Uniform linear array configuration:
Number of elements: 16
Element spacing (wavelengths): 1
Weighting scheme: hamming
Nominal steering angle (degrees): -45
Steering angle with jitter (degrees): -43.75
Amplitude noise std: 0.05
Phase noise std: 0.05

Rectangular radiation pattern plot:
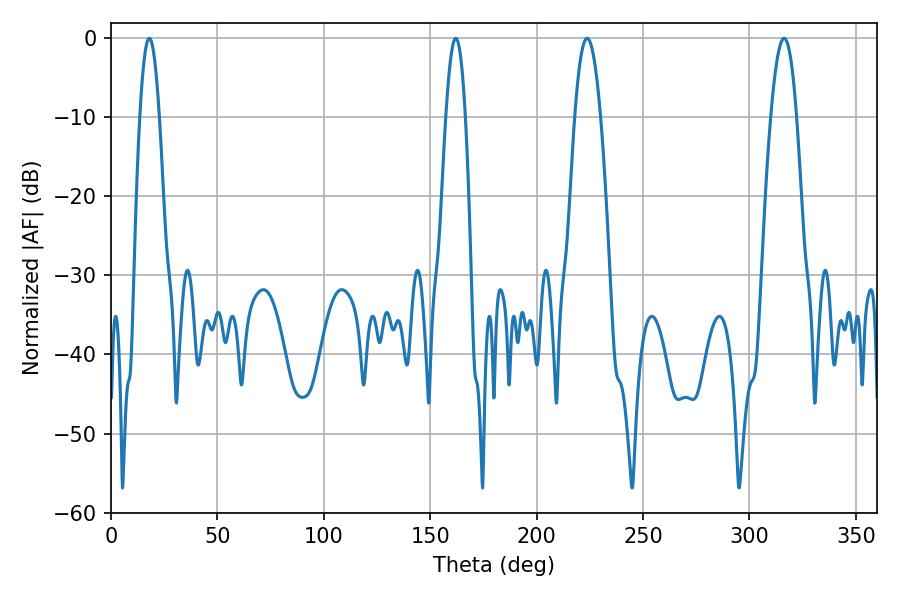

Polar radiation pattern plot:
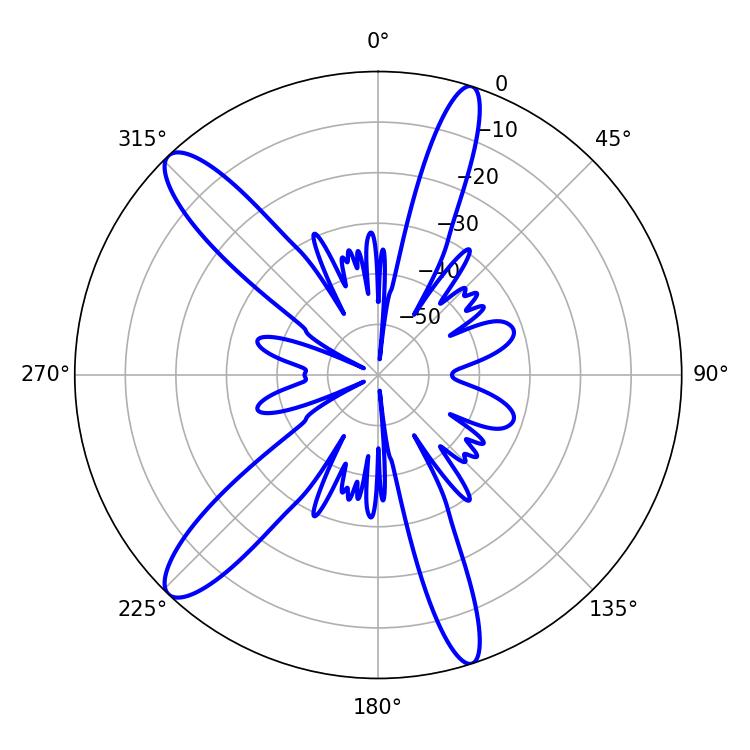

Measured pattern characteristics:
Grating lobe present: TRUE
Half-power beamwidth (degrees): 5.04
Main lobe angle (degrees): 18